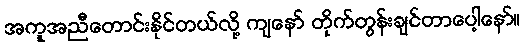
အကူအညီတောင်းနိုင်တယ်လို့ ကျနော် တိုက်တွန်းချင်တာပေါ့နော်။